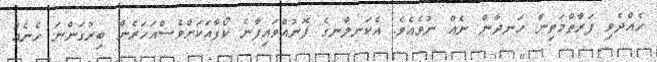
ހެއްދެވި ފަރާތްމަތިން ހަނދާން ނެއް ނުވެއެވެ. އެކަނލާނގެ ފޮނުއްވައިފާނެ ކޯފާއަކަށްވެސްއަހަރެން ބިރުގަންނަ ހެނެއް